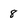
Character: 8